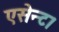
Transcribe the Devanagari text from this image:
एसेन्ट।